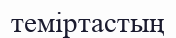
теміртастың